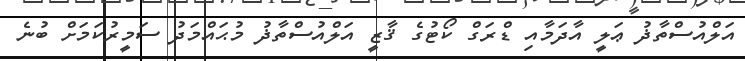
އަލްއުސްތާޛު ޢަލީ އާދަމާއި ޑްރަގް ކޯޓުގެ ޤާޒީ އަލްއުސްތާޛު މުޙައްމަދު ސަމީރުކަމަށް ބުނެ